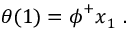
\boldsymbol { \theta } ( 1 ) = \boldsymbol { \phi } ^ { + } \boldsymbol { x } _ { 1 } \mathrm { ~ . ~ }